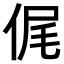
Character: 𠉜